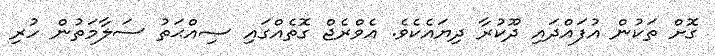
ގޮށް ތަކުން އުފައްދައި ދޫކުރާ ދިޔައެކެވެ. އެވްރެޖް ގޮތެއްގައި ޞިއްޙަތު ސަލާމަތުން ހުރި